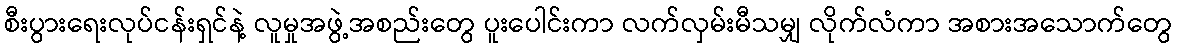
စီးပွားရေးလုပ်ငန်းရှင်နဲ့ လူမှုအဖွဲ့အစည်းတွေ ပူးပေါင်းကာ လက်လှမ်းမီသမျှ လိုက်လံကာ အစားအသောက်တွေ